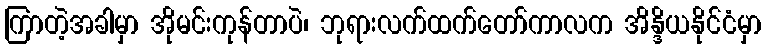
ကြာတဲ့အခါမှာ အိုမင်းကုန်တာပဲ၊ ဘုရားလက်ထက်တော်ကာလက အိန္ဒိယနိုင်ငံမှာ